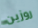
روزين